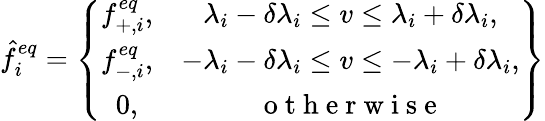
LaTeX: \hat{f}_{i}^{eq}=\left\{ \begin{array}{cc}{f_{+,i}^{eq},}&{\lambda_{i}-\delta\lambda_{i}\leq v\leq\lambda_{i}+\delta\lambda_{i},}\\ {f_{-,i}^{eq},}&{-\lambda_{i}-\delta\lambda_{i}\leq v\leq-\lambda_{i}+\delta\lambda_{i},}\\ {0,}&{\mathrm{~o~t~h~e~r~w~i~s~e~}}\end{array}\right\}